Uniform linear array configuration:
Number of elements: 48
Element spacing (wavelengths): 1
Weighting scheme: binomial
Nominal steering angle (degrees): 45
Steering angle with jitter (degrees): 44.314
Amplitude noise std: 0.05
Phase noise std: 0.05

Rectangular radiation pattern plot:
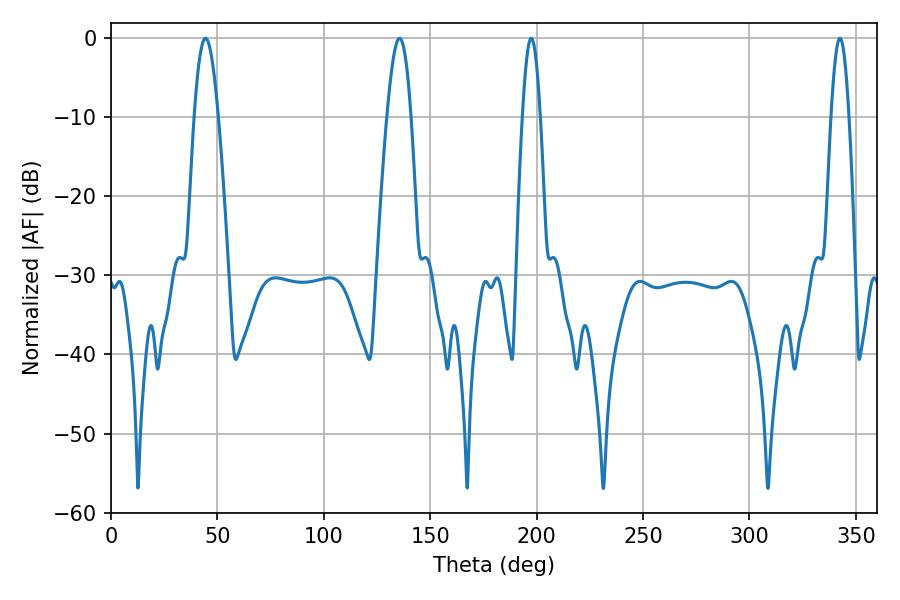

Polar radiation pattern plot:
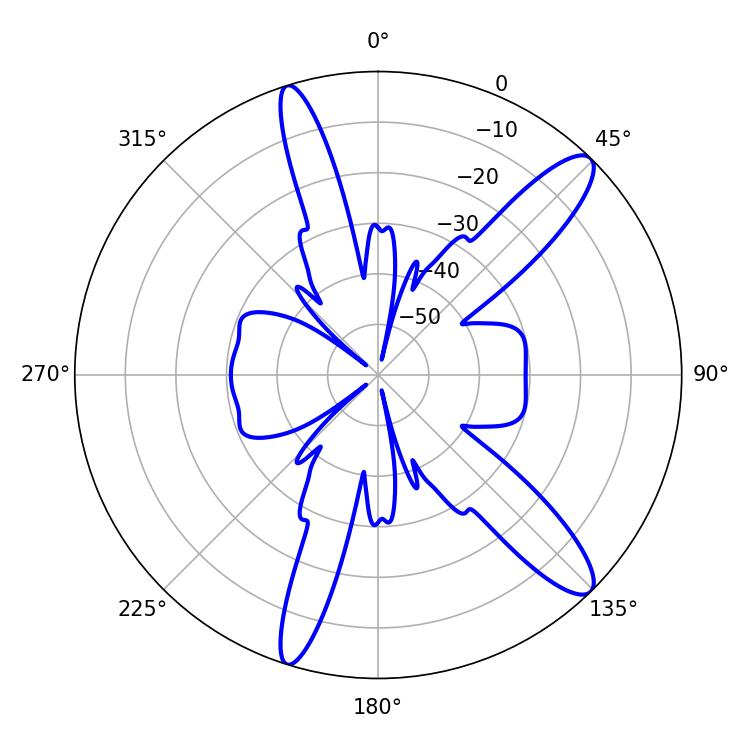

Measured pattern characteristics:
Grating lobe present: TRUE
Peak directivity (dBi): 12.55
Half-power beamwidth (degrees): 4.5
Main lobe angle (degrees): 197.46